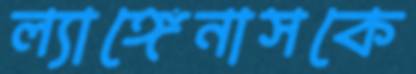
ল্যাঙ্গেনাসকে